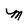
Character: M